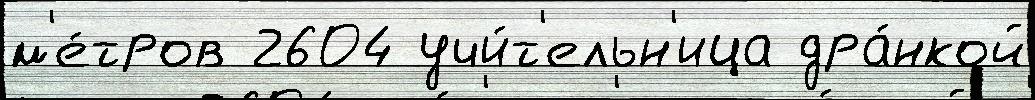
м'е́тров 2604 учи́т'ельн'ица дра́нкой